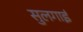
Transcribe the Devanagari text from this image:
सुलगाई